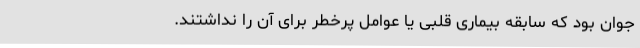
جوان بود که سابقه بیماری قلبی یا عوامل پرخطر برای آن را نداشتند.